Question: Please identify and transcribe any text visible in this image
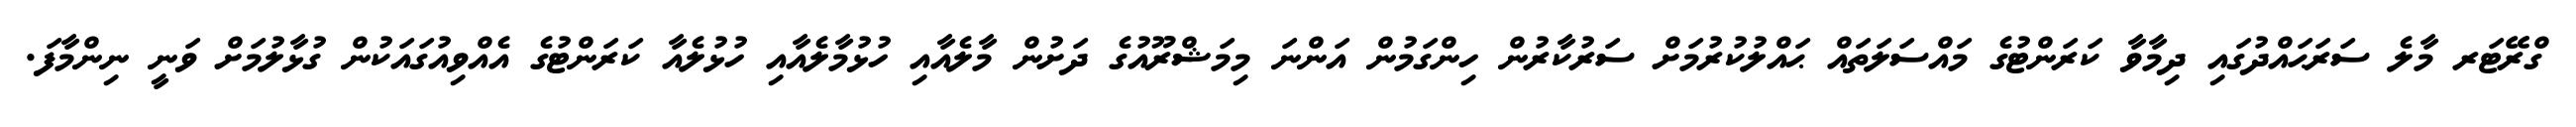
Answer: ގްރޭޓަރ މާލެ ސަރަޙައްދުގައި ދިމާވާ ކަރަންޓުގެ މައްސަލަތައް ޙައްލުކުރުމަށް ސަރުކާރުން ހިންގަމުން އަންނަ މިމަޝްރޫއުގެ ދަށުން މާލެއާއި ހުޅުމާލެއާއި ހުޅުލެއާ ކަރަންޓުގެ އެއްވިއުގައަކުން ގުޅާލުމަށް ވަނީ ނިންމާފަ.